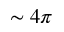
\sim 4 \pi